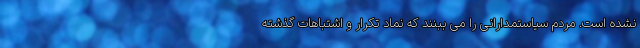
نشده است. مردم سیاستمدارانی را می ببنند که نماد تکرار و اشتباهات گذشته